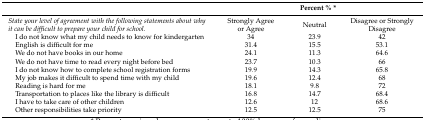
<table><thead><tr><td></td><td colspan="3"><b>Percent % *</b></td></tr></thead><tbody><tr><td><i>State your level of agreement with the following statements about why it can be difficult to prepare your child for school.</i></td><td>Strongly Agree or Agree</td><td>Neutral</td><td>Disagree or Strongly Disagree</td></tr><tr><td> I do not know what my child needs to know for kindergarten</td><td>34</td><td>23.9</td><td>42</td></tr><tr><td> English is difficult for me</td><td>31.4</td><td>15.5</td><td>53.1</td></tr><tr><td> We do not have books in our home</td><td>24.1</td><td>11.3</td><td>64.6</td></tr><tr><td> We do not have time to read every night before bed</td><td>23.7</td><td>10.3</td><td>66</td></tr><tr><td> I do not know how to complete school registration forms</td><td>19.9</td><td>14.3</td><td>65.8</td></tr><tr><td> My job makes it difficult to spend time with my child</td><td>19.6</td><td>12.4</td><td>68</td></tr><tr><td> Reading is hard for me</td><td>18.1</td><td>9.8</td><td>72</td></tr><tr><td> Transportation to places like the library is difficult</td><td>16.8</td><td>14.7</td><td>68.4</td></tr><tr><td> I have to take care of other children</td><td>12.6</td><td>12</td><td>68.6</td></tr><tr><td> Other responsibilities take priority</td><td>12.5</td><td>12.5</td><td>75</td></tr></tbody></table>